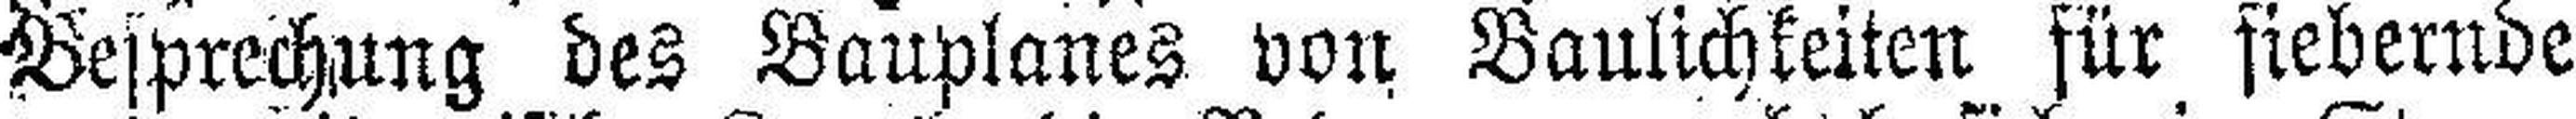
Besprechung des Bauplanes von Baulichkeiten für fiebernde